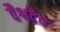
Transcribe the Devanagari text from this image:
वैश्वदैव